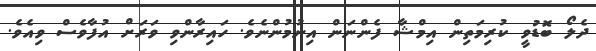
ދެލޯ ބޮޑުވީ ކުރިމަތިން އިމްޝާ ފެންނަން އިނުމުންނެވެ. ހައިރާންވި ވަރަށް އުފާވެސް ވިއެވެ.